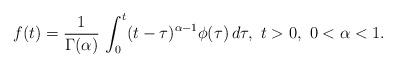
LaTeX: \begin{align*}f(t) = \frac{1}{\Gamma(\alpha)}\, \int_0^t (t-\tau)^{\alpha-1}\phi(\tau)\, d\tau, \ t>0,\ 0<\alpha <1.\end{align*}